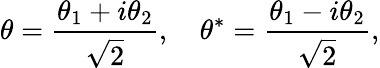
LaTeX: \theta={\frac{\theta_{1}+i\theta_{2}}{\sqrt{2}}},\quad\theta^{*}={\frac{\theta_{1}-i\theta_{2}}{\sqrt{2}}},